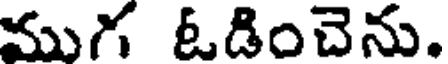
ముగ ఓడించెను.